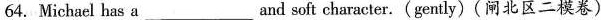
64. Michael has aand ___soft character.(gently)(闸北区二模卷)